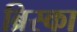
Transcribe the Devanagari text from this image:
ब्रिस्का